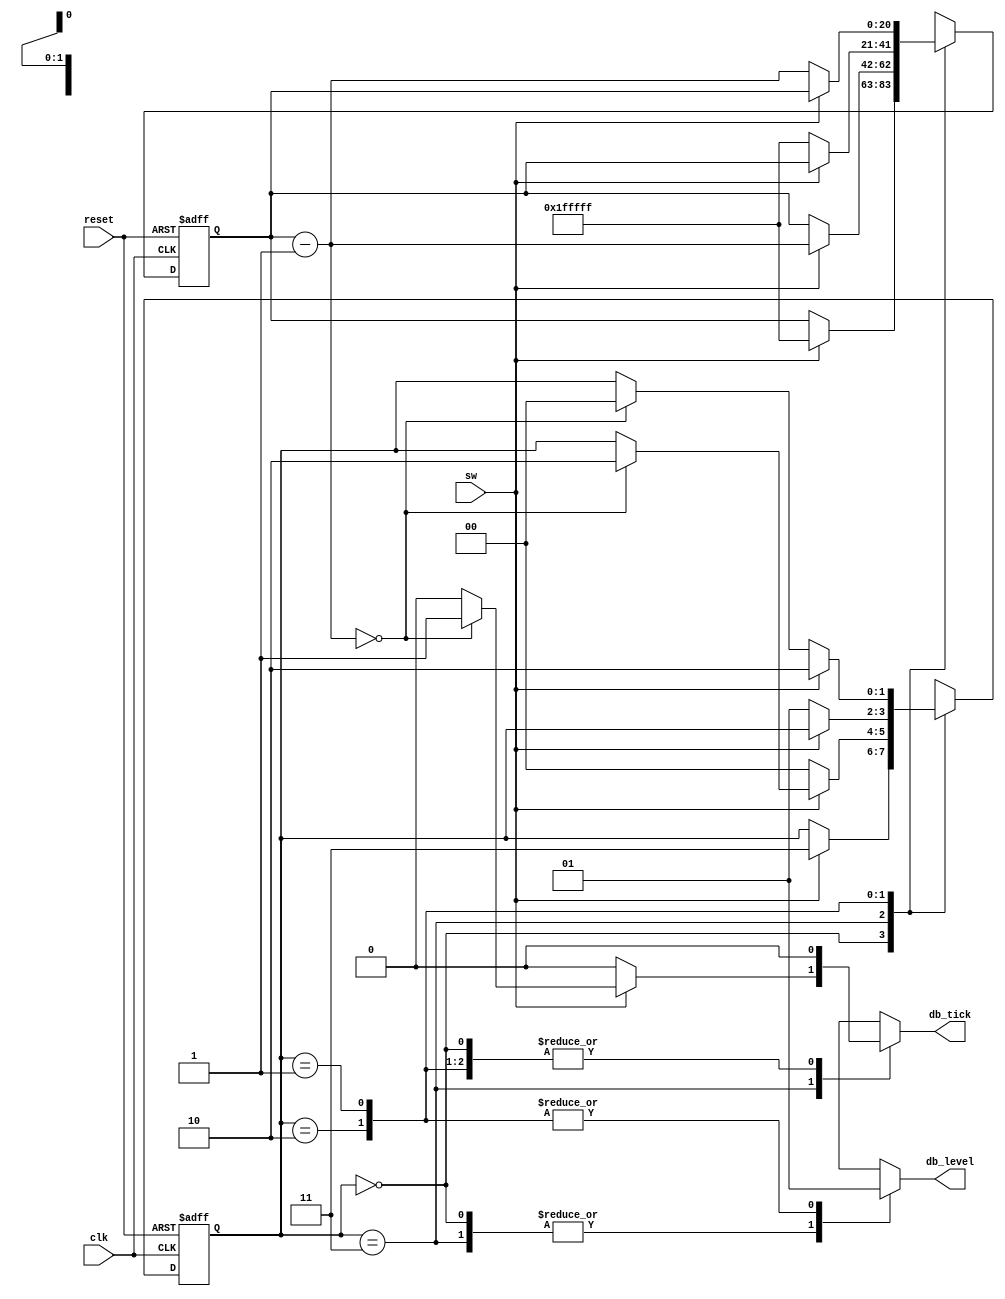
`timescale 1ns / 1ps
//////////////////////////////////////////////////////////////////////////////////
// Company: 
// Engineer: 
// 
// Design Name: 
// Module Name:    debounce 
// Project Name: 
// Target Devices: 
// Tool versions: 
// Description: 
//
// Dependencies: 
//
// Revision: 
// Revision 0.01 - File Created
// Additional Comments: 
//
//////////////////////////////////////////////////////////////////////////////////
module debounce
   (
    input wire clk, reset,
    input wire sw,
    output reg db_level, db_tick
   );

   // symbolic state declaration
   localparam  [1:0]
               zero  = 2'b00,
               wait0 = 2'b01,
               one   = 2'b10,
               wait1 = 2'b11;

   // number of counter bits (2^N * 20ns = 40ms)
   localparam N=21;

   // signal declaration
   reg [N-1:0] q_reg, q_next;
   reg [1:0] state_reg, state_next;

   // body
   // fsmd state & data registers
    always @(posedge clk, posedge reset)
       if (reset)
          begin
             state_reg <= zero;
             q_reg <= 0;
          end
       else
          begin
             state_reg <= state_next;
             q_reg <= q_next;
          end

   // next-state logic & data path functional units/routing
   always @*
   begin
      state_next = state_reg;   // default state: the same
      q_next = q_reg;           // default q: unchnaged
      db_tick = 1'b0;           // default output: 0
      case (state_reg)
         zero:
            begin
               db_level = 1'b0;
               if (sw)
                  begin
                     state_next = wait1;
                     q_next = {N{1'b1}}; // load 1..1
                  end
            end
         wait1:
            begin
               db_level = 1'b0;
               if (sw)
                  begin
                     q_next = q_reg - 1;
                     if (q_next==0)
                        begin
                           state_next = one;
                           db_tick = 1'b1;
                        end
                  end
               else // sw==0
                  state_next = zero;
            end
         one:
            begin
               db_level = 1'b1;
               if (~sw)
                  begin
                     state_next = wait0;
                     q_next = {N{1'b1}}; // load 1..1
                  end
            end
         wait0:
            begin
               db_level = 1'b1;
               if (~sw)
                  begin
                     q_next = q_reg - 1;
                     if (q_next==0)
                        state_next = zero;
                  end
               else // sw==1
                  state_next = one;

            end
         default: state_next = zero;
      endcase
   end

endmodule